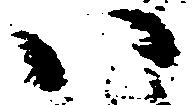
い